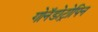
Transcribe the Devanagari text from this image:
गोनॅडोट्रोपिन